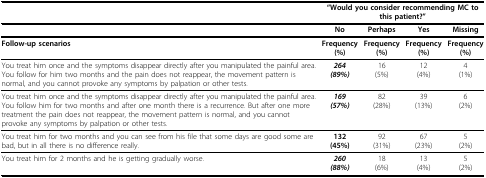
|  | <COLSPAN=4> "Would you consider recommending MC to this patient?" |
 | --- | --- | --- | --- | --- |
 |  | No | Perhaps | Yes | Missing |
 | Follow-up scenarios | Frequency(%) | Frequency(%) | Frequency(%) | Frequency(%) |
 | You treat him once and the symptoms disappear directly after you manipulated the painful area.You follow for him two months and the pain does not reappear, the movement pattern is normal, and you cannot provoke any symptoms by palpation or other tests. | 264(89%) | 16(5%) | 12(4%) | 4(1%) |
 | You treat him once and the symptoms disappear directly after you manipulated the painful area.You follow him for two months and after one month there is a recurrence. But after one more treatment the pain does not reappear, the movement pattern is normal, and you cannot provoke any symptoms by palpation or other tests. | 169(57%) | 82(28%) | 39(13%) | 6(2%) |
 | You treat him for two months and you can see from his file that some days are good some are bad, but in all there is no difference really. | 132(45%) | 92(31%) | 67(23%) | 5(2%) |
 | You treat him for 2 months and he is getting gradually worse. | 260(88%) | 18(6%) | 13(4%) | 5(2%) |